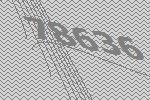
78636